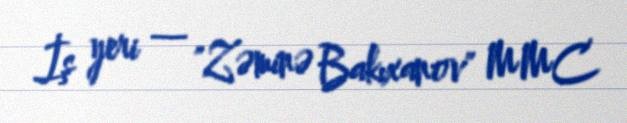
İş yeri — "Zəminə Bakıxanov" MMC